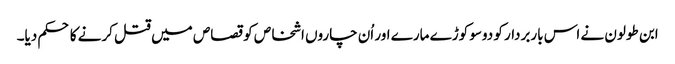
ابن طولون نے اس باربردار کو دوسو کوڑے مارے اور اُن چاروں اشخاص کو قصاص میں قتل کرنے کا حکم دیا۔